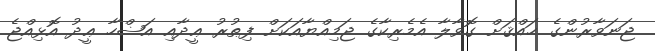
ޖަނަވާރުންގެ ޙައްޤަށް ގޮވާލާ އެމެރިކާގެ ޖަމިއްޔާއަކަށް ފިޠުރު ޢީދާއި އަޟްހާ ޢީދު އޮޅިއްޖެ